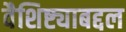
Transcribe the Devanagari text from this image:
वैशिष्ट्याबद्दल